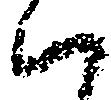
ハ